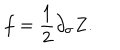
f = \frac { 1 } { 2 } \partial _ { \sigma } Z .